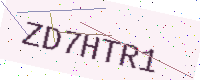
Text: ZD7HTR1